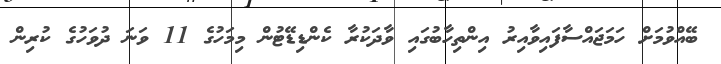
ބޭއްވުމަށް ހަމަޖައްސާފައިވާއިރު އިންތިހާބުގައި ވާދަކުރާ ކެންޑިޑޭޓުން މިމަހުގެ 11 ވަނަ ދުވަހުގެ ކުރިން